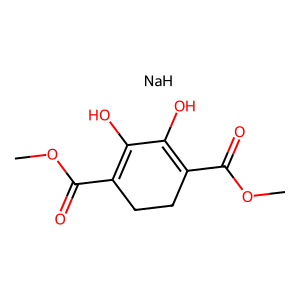
SMILES: COC(=O)C1=C(O)C(O)=C(C(=O)OC)CC1.[NaH]
Inhibits HIV replication: Yes